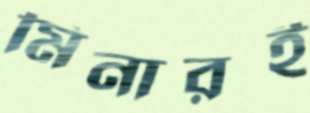
মিনারই